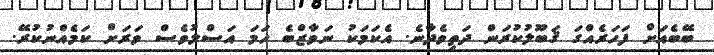
ބޭބެއަށް ފަހަރެއްގަ ޤަބޫލުކުރަން ދަތިވެދާނެ. އެކަމަކު ނަވާޒްބެ ހަމަ އަސްލުވެސް ވަރަށް ކަމެއްނުކުރޭ.